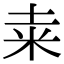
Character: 𥸮